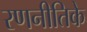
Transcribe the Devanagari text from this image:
रणनीतिके